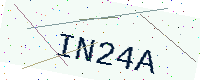
Text: IN24A